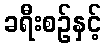
ခရီးစဉ်နှင့်